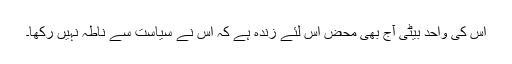
اس کی واحد بیٹی آج بھی محض اس لئے زندہ ہے کہ اس نے سیاست سے ناطہ نہیں رکھا۔